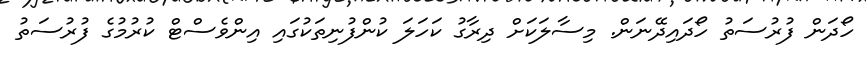
ހޯދަން ފުރުސަތު ހޯދައިދޭނަން. މިސާލަކަށް ދިރާގު ކަހަލަ ކުންފުނިތަކުގައި އިންވެސްޓް ކުރުމުގެ ފުރުސަތު